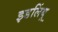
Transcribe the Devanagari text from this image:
इडलिंबू